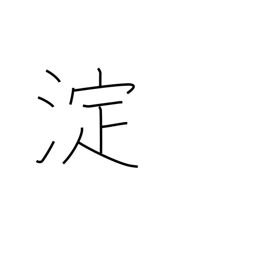
Meaning: eddy